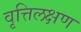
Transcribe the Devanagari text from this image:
वृत्तिलक्षण